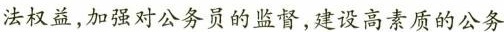
法权益，加强对公务员的监督，建设高素质的公务